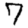
Digit: 7